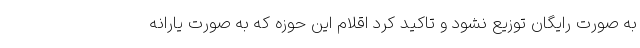
به صورت رایگان توزیع نشود و تاکید کرد اقلام این حوزه که به صورت یارانه